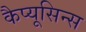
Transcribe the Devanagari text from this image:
कैप्यूसिन्स